Scientific memoirs by medical officers of the Army of India - Part III,
Year: 1887
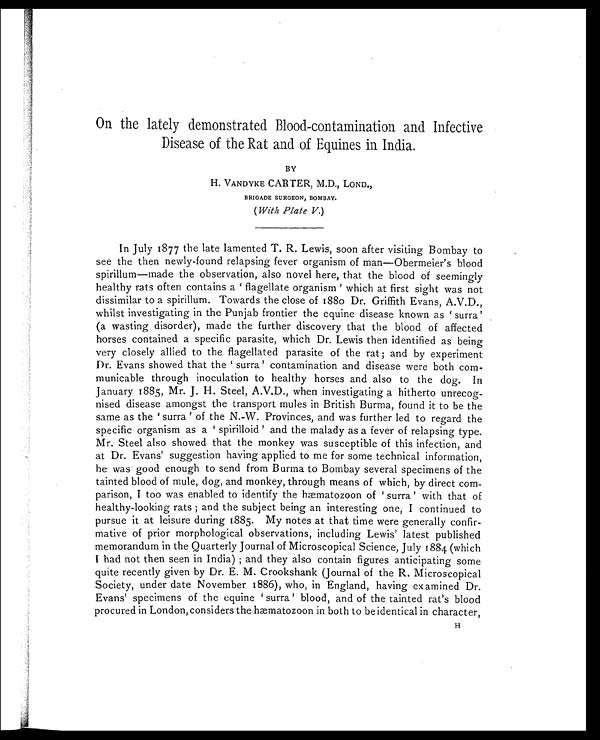
On the lately demonstrated Blood-contamination and Infective
Disease of the Rat and of Equines in India.
BY
H. VANDYKE CARTER, M.D., LOND.,
BRIGADE SURGEON, BOMBAY.
( With Plate V. )
In July 1877 the late lamented T. R. Lewis, soon after visiting Bombay to
see the then newly-found relapsing fever organism of man—Obermeier's blood
spirillum—made the observation, also novel here, that the blood of seemingly
healthy rats often contains a ' flagellate organism' which at first sight was not
dissimilar to a spirillum. Towards the close of 1880 Dr. Griffith Evans, A.V.D.,
whilst investigating in the Punjab frontier the equine disease known as 'surra'
(a wasting disorder), made the further discovery that the blood of affected
horses contained a specific parasite, which Dr. Lewis then identified as being
very closely allied to the flagellated parasite of the rat; and by experiment
Dr. Evans showed that the 'surra' contamination and disease were both com-
-municable through inoculation to healthy horses and also to the dog. In
January 1885, Mr. J. H. Steel, A.V.D., when investigating a hitherto unrecog
-nised disease amongst the transport mules in British Burma, found it to be the
s ame as t he ' s ur r a' of t he N. - W. Pr ovi nces , and was f ur t her l ed t o r egar d t he
specific organism as a ' spirilloid' and the malady as a fever of relapsing type.
Mr. Steel also showed that the monkey was susceptible of this infection, and
at Dr. Evans' suggestion having applied to me for some technical information,
he was good enough to send from Burma to Bombay several specimens of the
tainted blood of mule, dog, and monkey, through means of which, by direct com
-parison, I too was enabled to identify the hæmatozoon of 'surra' with that of
healthy-looking rats; and the subject being an interesting one, I continued to
pursue it at leisure during 1885. My notes at that time were generally confir
-mative of prior morphological observations, including Lewis' latest published
memorandum in the Quarterly Journal of Microscopical Science, July 1884 (which
I had not then seen in India); and they also contain figures anticipating some
quite recently given by Dr. E. M. Crookshank (Journal of the R. Microscopical
Society, under date November 1886), who, in England, having examined Dr.
Evans' specimens of the equine 'surra' blood, and of the tainted rat's blood
procured in London, considers the hæmatozoon in both to be identical in character,
H